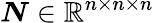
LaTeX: \boldsymbol{N}\in\mathbb{R}^{n\times n\times n}